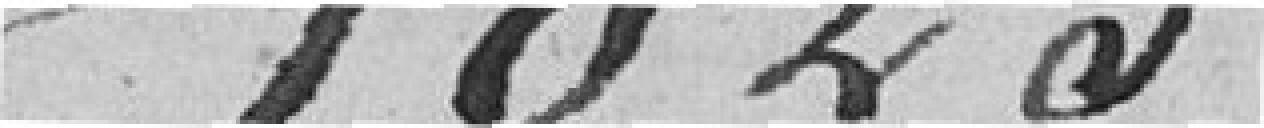
1823